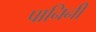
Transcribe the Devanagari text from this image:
पानिनी